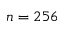
n = 2 5 6